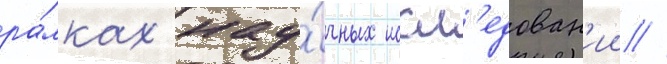
ра́мках нау́чных иссл'едован'ии //